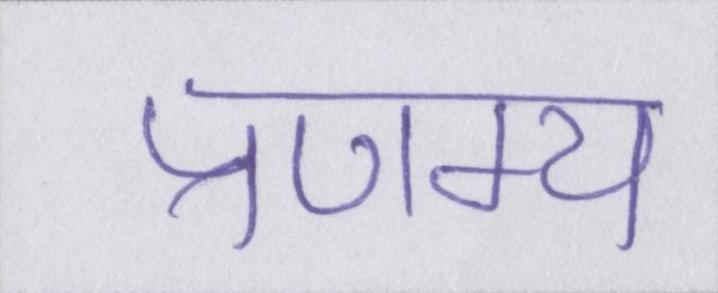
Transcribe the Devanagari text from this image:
प्रणम्य